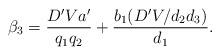
LaTeX: \begin{align*}\beta_3=\frac{D' V a'}{q_1q_2}+\frac{b_1(D' V/d_2d_3)}{d_1}.\end{align*}